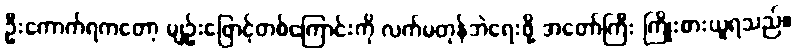
ဦးကောက်ရကတော့ မျဉ်းဖြောင့်တစ်ကြောင်းကို လက်မတုန်ဘဲရေးဖို့ အတော်ကြီး ကြိုးစားယူရသည်။